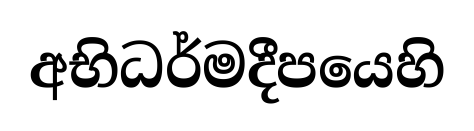
අභිධර්මදීපයෙහි